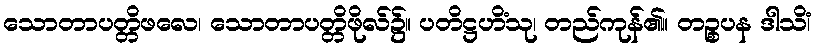
သောတာပတ္တိဖလေ၊ သောတာပတ္တိဖိုလ်၌။ ပတိဋ္ဌဟိံသု၊ တည်ကုန်၏။ တဉ္စပန ဒါသိံ၊